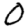
Digit: 0